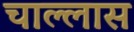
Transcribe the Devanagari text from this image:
चाल्लास